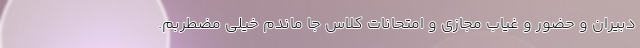
دبیران و حضور و غیاب مجازی و امتحانات کلاس جا ماندم خیلی مضطربم.